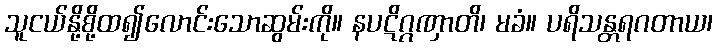
သူငယ်နို့စို့ထ၍လောင်းသောဆွမ်းကို။ နပဋိဂ္ဂဏှာတိ၊ မခံ။ ပရိသန္တရဂတာယ၊